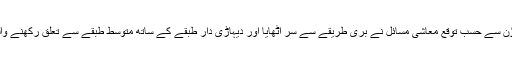
شہری علاقوں میں لاک ڈاؤن سے حسب توقع معاشی مسائل نے بُری طریقے سے سر اٹھایا اور دیہاڑی دار طبقے کے ساتھ متوسط طبقے سے تعلق رکھنے والے بُری طرح متاثر ہوئے۔